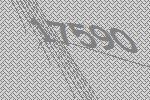
17590